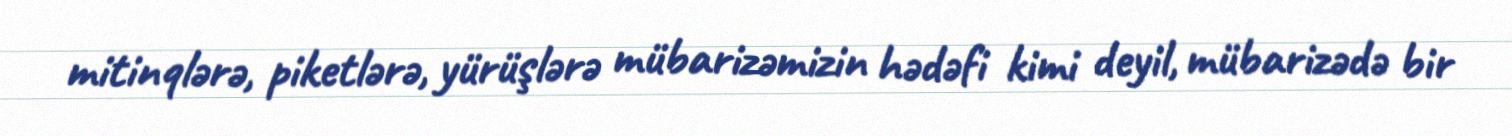
mitinqlərə, piketlərə, yürüşlərə mübarizəmizin hədəfi kimi deyil, mübarizədə bir